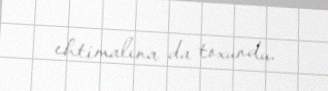
ehtimalına da toxundu.